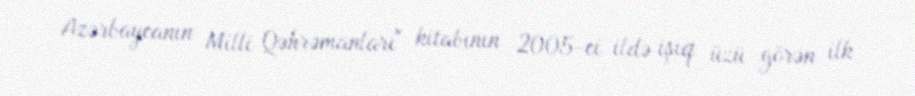
Azərbaycanın Milli Qəhrəmanları" kitabının 2005-ci ildə işıq üzü görən ilk